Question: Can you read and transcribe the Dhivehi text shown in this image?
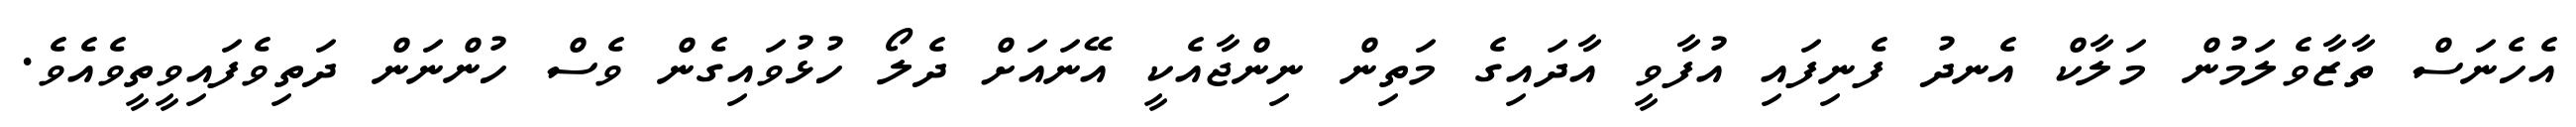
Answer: އެހެނަސް ތާޒާވެލަމުން މަލާކް އެނދު ފެނިފައި އުފާވީ އާދައިގެ މަތިން ނިންޖާއެކީ އޭނައަށް ދެލޯ ހުޅުވައިގެން ވެސް ހުންނަން ދަތިވެފައިވީތީވެއެވެ.